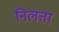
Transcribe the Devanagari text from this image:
निलता